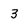
Character: 3